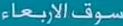
سوقالإرباعاء